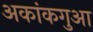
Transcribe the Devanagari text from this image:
अकांकगुआ